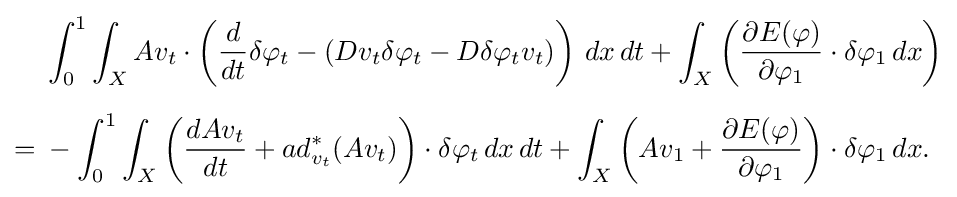
{\begin{aligned}&\int _{0}^{1}\int _{X}Av_{t}\cdot \left({\frac {d}{dt}}\delta \varphi _{t}-(Dv_{t}\delta \varphi _{t}-D\delta \varphi _{t}v_{t})\right)\,dx\,dt+\int _{X}\left({\frac {\partial E(\varphi )}{\partial \varphi _{1}}}\cdot \delta \varphi _{1}\,dx\right)\\[6pt]={}&-\int _{0}^{1}\int _{X}\left({\frac {dAv_{t}}{dt}}+ad_{v_{t}}^{*}(Av_{t})\right)\cdot \delta \varphi _{t}\,dx\,dt+\int _{X}\left(Av_{1}+{\frac {\partial E(\varphi )}{\partial \varphi _{1}}}\right)\cdot \delta \varphi _{1}\,dx.\end{aligned}}